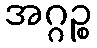
အဂ္ဂဉ္စ